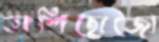
তাশিছোজো